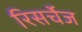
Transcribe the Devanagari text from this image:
रिसर्चेज